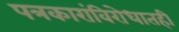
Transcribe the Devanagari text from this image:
पत्रकारांविरोधातही